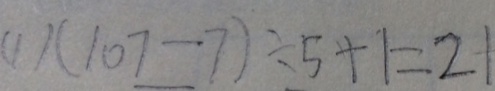
( 1 ) ( 1 0 7 - 7 ) \div 5 + 1 = 2 1